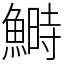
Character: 鰣